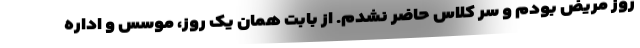
روز مریض بودم و سر کلاس حاضر نشدم. از بابت همان یک روز، موسس و اداره